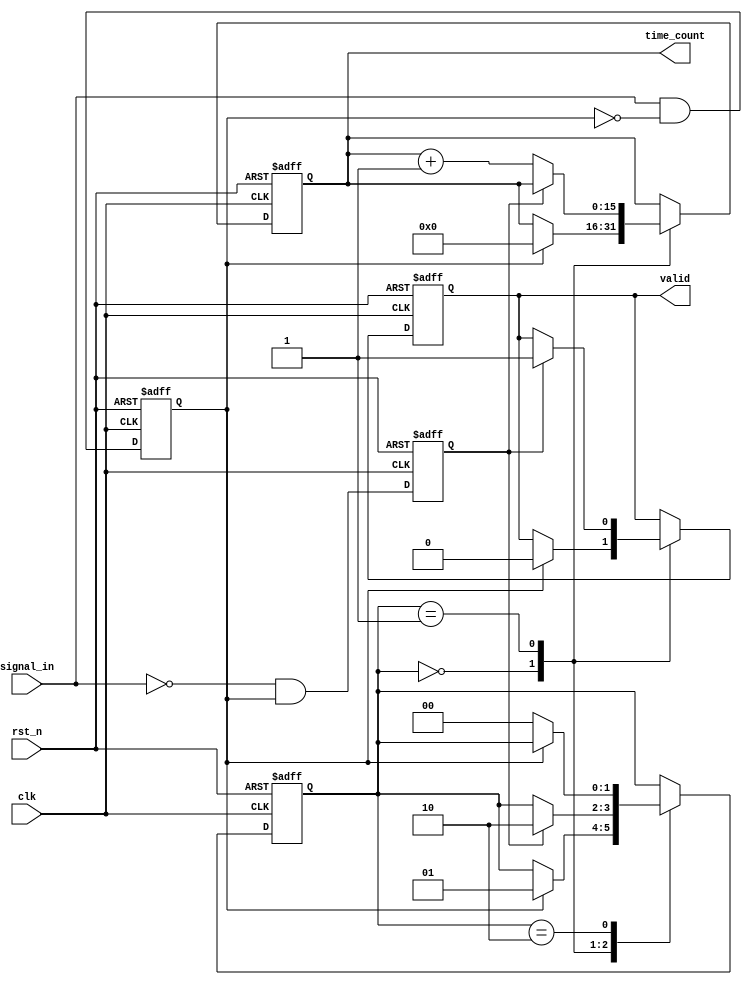
module TDC (
    input wire clk,               // System clock
    input wire rst_n,             // Active low reset
    input wire signal_in,         // Input time signal
    output reg [15:0] time_count, // Measured time interval output
    output reg valid              // Valid output signal
);

    // State definitions
    reg [1:0] state;
    localparam IDLE = 2'b00,
               START = 2'b01,
               STOP = 2'b10;

    // Delay line parameters
    localparam DELAY_COUNT = 16; // Number of delay elements
    reg [DELAY_COUNT-1:0] delay_line; // Delay line storage
    reg [3:0] delay_index;       // Current delay index
    reg start_detected;          // Flag for start edge detection
    reg stop_detected;           // Flag for stop edge detection

    // Edge detection logic
    always @(posedge clk or negedge rst_n) begin
        if (!rst_n) begin
            start_detected <= 0;
            stop_detected <= 0;
        end else begin
            start_detected <= signal_in && !start_detected; // Rising edge
            stop_detected <= !signal_in && start_detected;  // Falling edge
        end
    end

    // Delay line generation
    always @(posedge clk or negedge rst_n) begin
        if (!rst_n) begin
            delay_index <= 0;
            delay_line <= 0;
        end else begin
            delay_line <= {delay_line[DELAY_COUNT-2:0], signal_in}; // Shift in new signal
            if (delay_index < DELAY_COUNT - 1) begin
                delay_index <= delay_index + 1;
            end else begin
                delay_index <= 0; // Reset index
            end
        end
    end

    // TDC logic to count time intervals
    always @(posedge clk or negedge rst_n) begin
        if (!rst_n) begin
            state <= IDLE;
            time_count <= 0;
            valid <= 0;
        end else begin
            case (state)
                IDLE: begin
                    if (start_detected) begin
                        state <= START;
                        time_count <= 0; // Reset count on start
                        valid <= 0;
                    end
                end
                START: begin
                    if (stop_detected) begin
                        state <= STOP;
                        valid <= 1; // Mark output as valid
                    end else begin
                        time_count <= time_count + 1; // Count while in START state
                    end
                end
                STOP: begin
                    // Stay in STOP state until reset
                    if (!start_detected) begin
                        state <= IDLE; // Return to IDLE state
                    end
                end
            endcase
        end
    end

endmodule